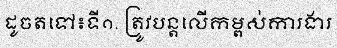
ដូចតទៅ៖ទី១. ត្រូវបន្តលើកម្ពស់ការងារ